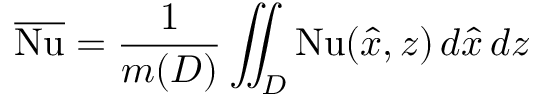
\overline { { \mathrm { N u } } } = \frac { 1 } { m ( D ) } \iint _ { D } ^ { } \mathrm { N u } ( \hat { x } , z ) \, d \hat { x } \, d z